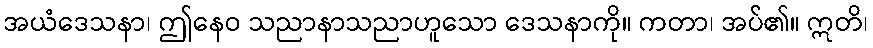
အယံဒေသနာ၊ ဤနေဝ သညာနာသညာဟူသော ဒေသနာကို။ ကတာ၊ အပ်၏။ ဣတိ၊